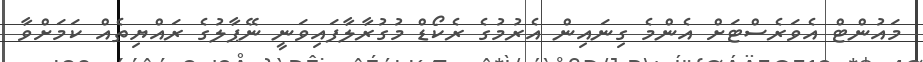
މައުންޓް އެވަރެސްޓަށް އެންމެ ގިނައިން އެރުމުގެ ރެކޯޑް މުގުރާލާފައިވަނީ ނޭޕާލުގެ ރައްޔިތެއް ކަމަށްވާ